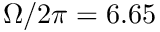
\Omega / 2 \pi = 6 . 6 5